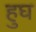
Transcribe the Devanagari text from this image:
हुघ